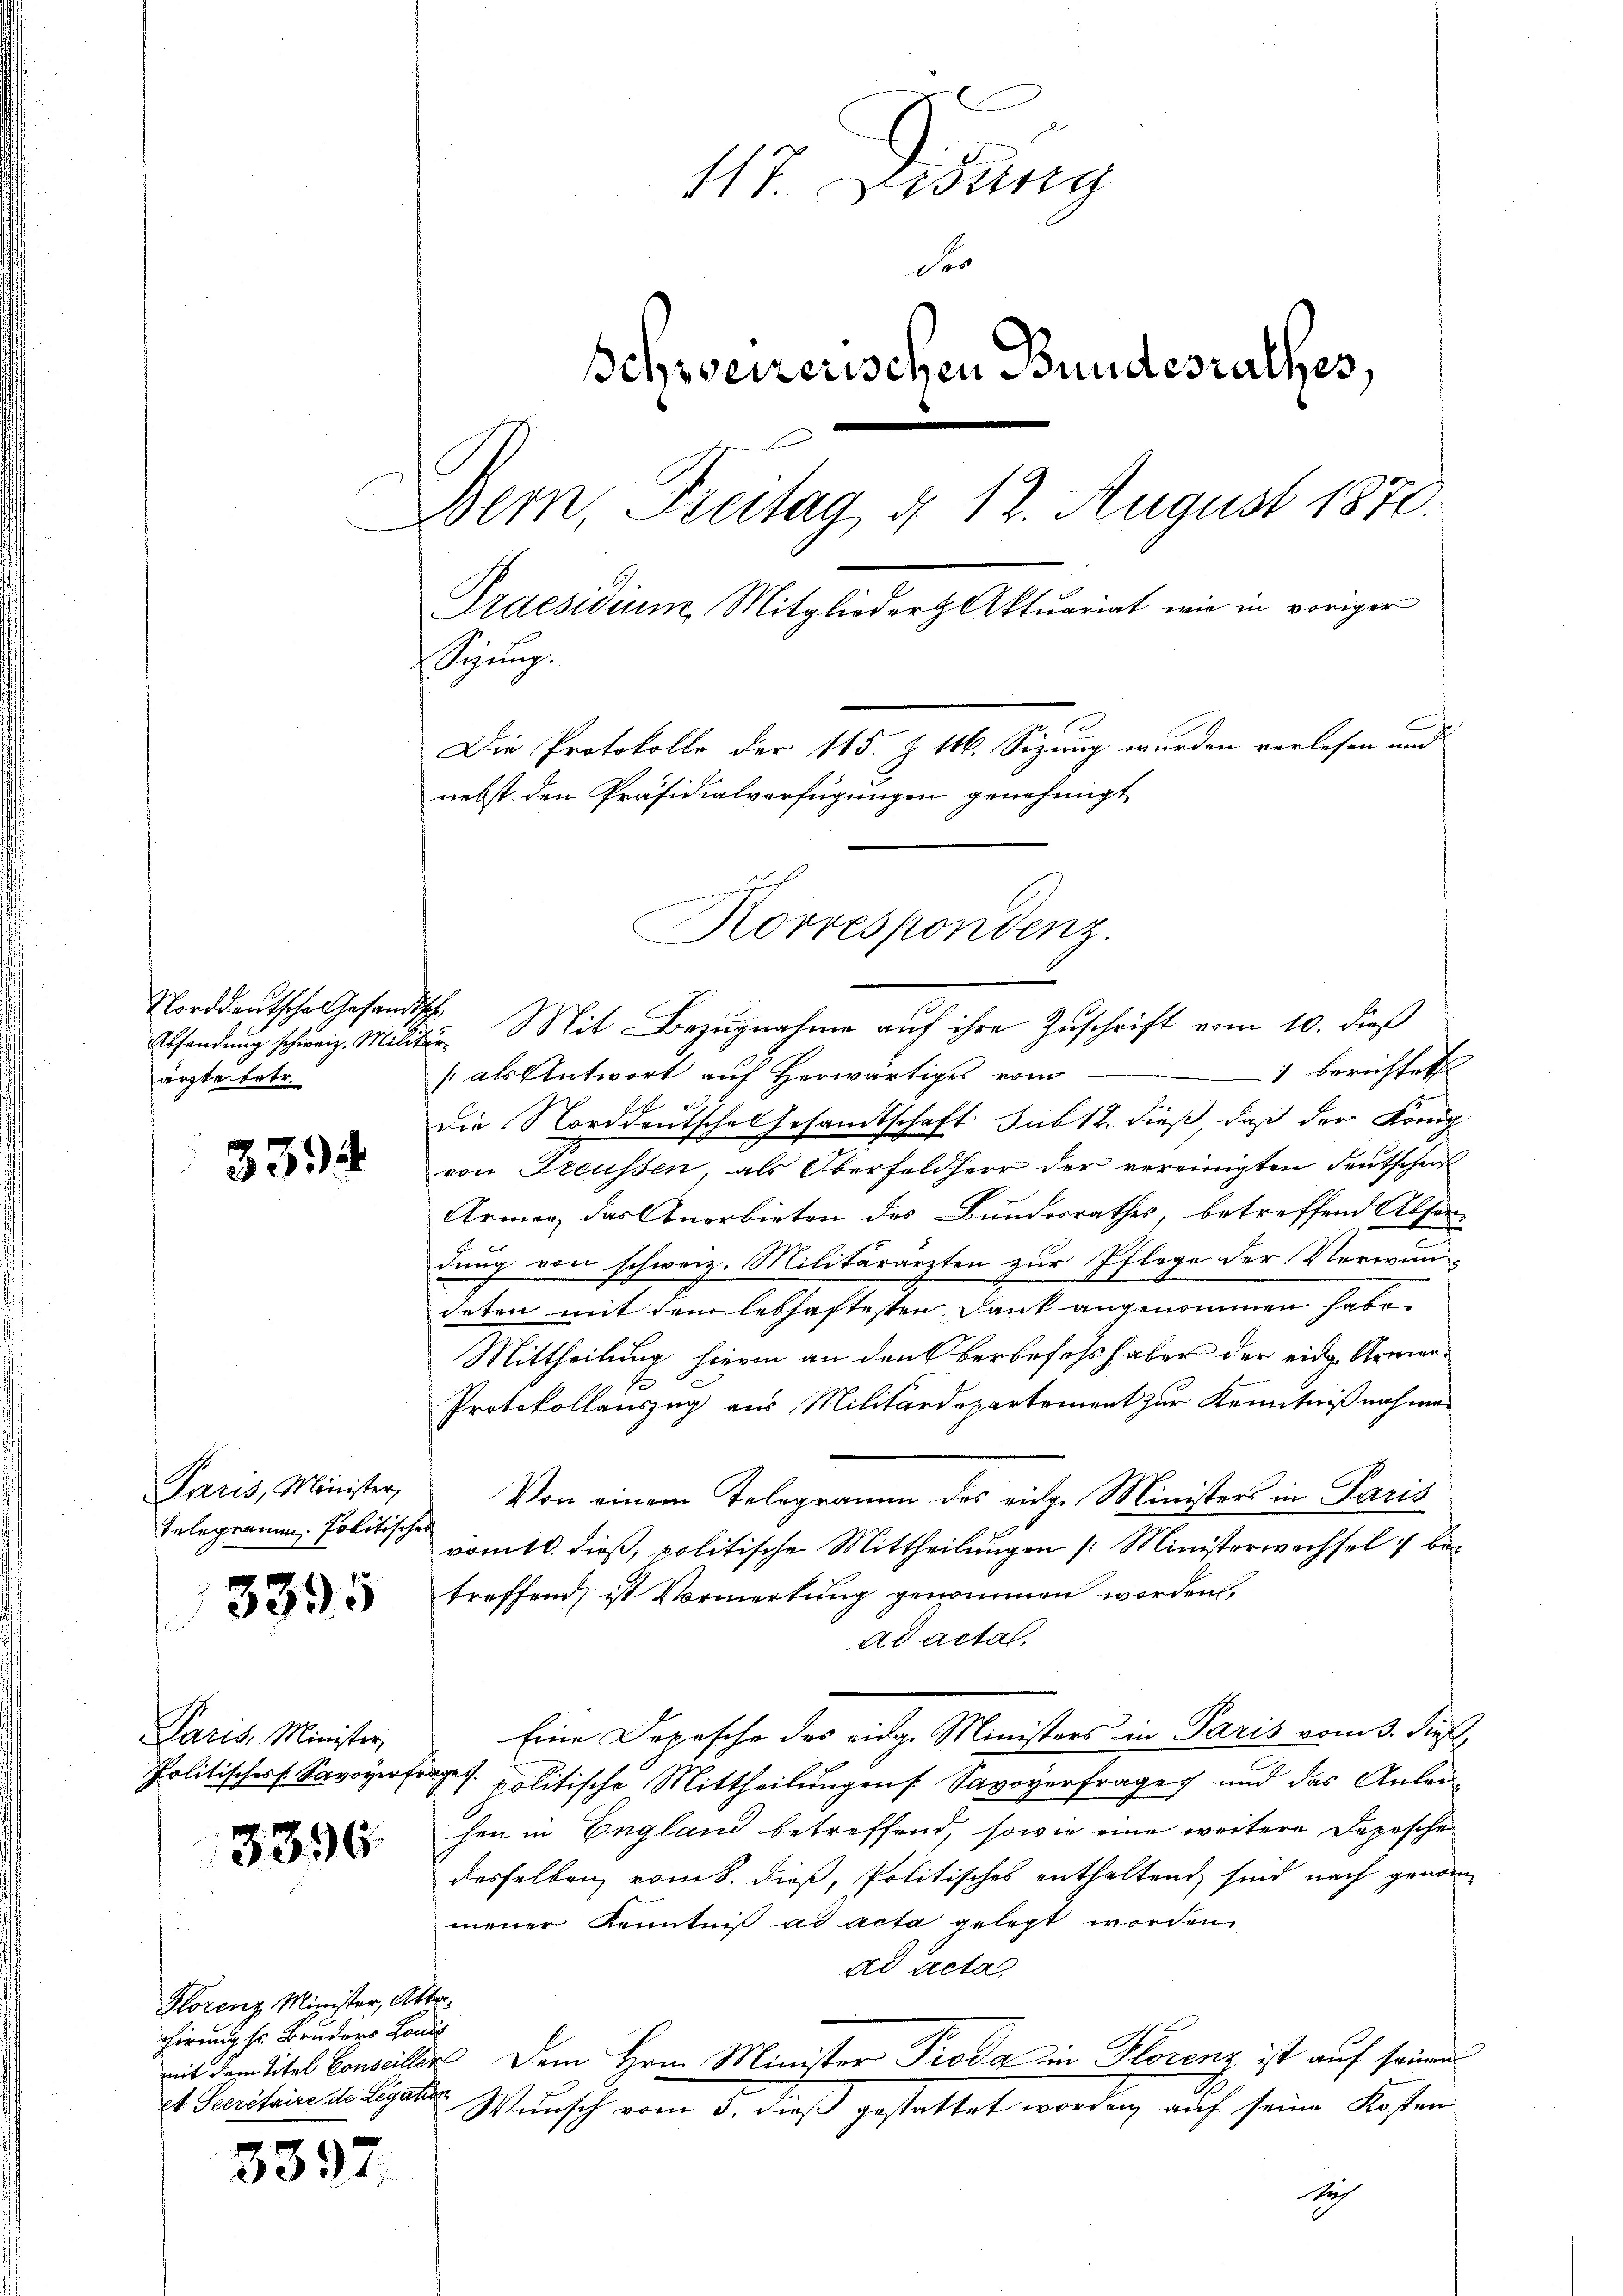
Absendung schweiz. Militärärzte betr.

3394

47 Didung
der
Schweizerischen Bundesrathes,
Dem, Freitag § 12. August 1870.
Praesidium Mitglieder Aktuariat wie in voriger
Syung.
Die Protokolle der 115. Z. 146. Sizung wurden verlesen und
nebst den Präsidialverfügungen genehmigt
uch
Korrespondenz.

3395

Paris, Minister,
Politisches Savoyirt.

3390

3397.

Paris, Minister,
Erlegenug, Politisches

Florenz Minister, Alterchirung sr. Bruders Louis
et Secretaire de Legation

Norddeutsche Gesandt. Mit Bezugnahme auf ihre Zuschrift vom 10. dieß
1 berichtet
[als Antwort auf Herwärtiges vom
Die Norddeutsche Gesandtschaft sub 12. dieß, daß der Königl.
von Freussen, als Oberfeldherr der vereinigten Deutscheit
Armen, das Anerbieten des Bundesrathes, betreffend Absordung von schweiz. Militärarzten zur Pflege der Verwundeten mit dem lebhaftesten Dank angenommen habe.
Mittheilung hievon an den berbeses haben der eide Armen¬
1
Protokollauszug aus Militärdepartement zur Kenntnißnahmes
Von einem Telegramm des eige Ministers in Paris
römtl. dieß, politische Mittheilungen /: Ministerwachsel betreffend, ist Vormerkung genommen werden.
Ad acta
Eine Depesche des eidge Ministers in Paris vom 3. dieß,
abges.
politische Mittheilungen s. Savoyerfrage und das Anleihen in England betreffend, sowie eine weitere Depesche
desselben vom 8. dieß, Politisches enthaltend, sind nach genommener Kenntniß ad acta gelegt worden
ad acta
mit der Titel Conseillen Dem Hrn. Minister Pioda in Florenz ist auf seinem
Wunsch vom 5. daß gestattet worden, auf seine Kosten
ich